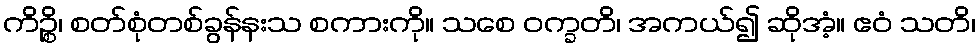
ကိဉ္စိ၊ စတ်စုံတစ်ခွန်နးသ စကားကို။ သစေ ဝက္ခတိ၊ အကယ်၍ ဆိုအံ့။ ဧဝံ သတိ၊